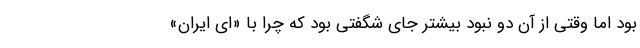
بود اما وقتی از آن دو نبود بیشتر جای شگفتی بود که چرا با «ای ایران»